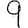
Digit: 9